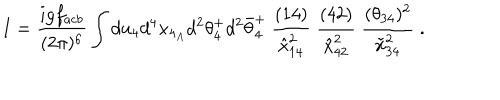
LaTeX: I = { \frac { i g f _ { a c b } } { ( 2 \pi ) ^ { 6 } } } \int d u _ { 4 } d ^ { 4 } x _ { 4 _ { A } } d ^ { 2 } \theta _ { 4 } ^ { + } d ^ { 2 } \bar { \theta } _ { 4 } ^ { + } \ { \frac { ( 1 4 ) } { \hat { x } _ { 1 4 } ^ { 2 } } } \; { \frac { ( 4 2 ) } { \hat { x } _ { 4 2 } ^ { 2 } } } \; { \frac { ( \theta _ { 3 4 } ) ^ { 2 } } { \tilde { x } _ { 3 4 } ^ { 2 } } } \; .